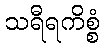
သရီရကိစ္စံ